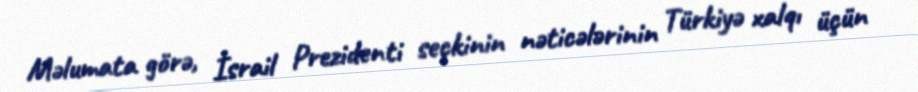
Məlumata görə, İsrail Prezidenti seçkinin nəticələrinin Türkiyə xalqı üçün